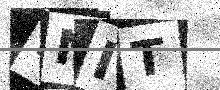
Text: RNIT